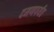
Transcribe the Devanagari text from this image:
दमणपर्यंत